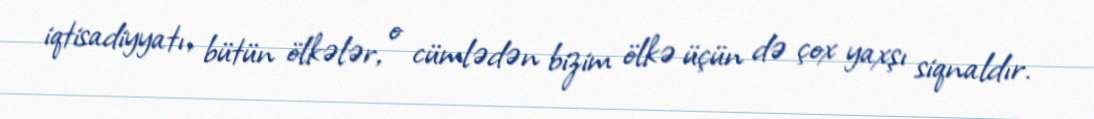
iqtisadiyyatı, bütün ölkələr, o cümlədən bizim ölkə üçün də çox yaxşı siqnaldır.